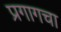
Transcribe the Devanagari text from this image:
प्रगागचा